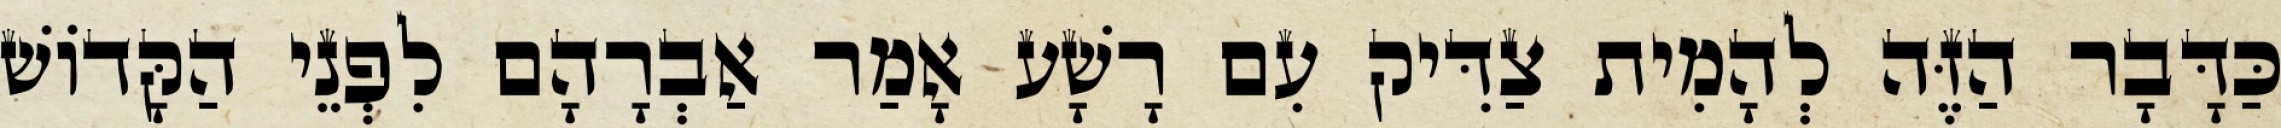
כַּדָּבָר הַזֶּה לְהָמִית צַדִּיק עִם רָשָׁע אָמַר אַבְרָהָם לִפְנֵי הַקָּדוֹשׁ